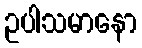
ဥပါသမာနော